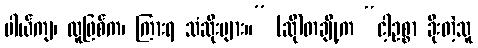
ပါယ်ကျ၊ လူဖြစ်က၊ ကြားရ သံဆိုးများ။” (ဆို)တချို့က “ငါ့ဥစ္စာ ခိုးတဲ့သူ